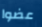
عضوا